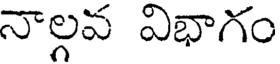
నాల్గవ విభాగం